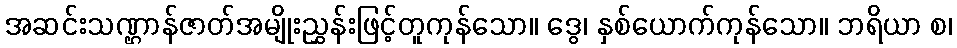
အဆင်းသဏ္ဌာန်ဇာတ်အမျိုးညွှန်းဖြင့်တူကုန်သော။ ဒွေ၊ နှစ်ယောက်ကုန်သော။ ဘရိယာ စ၊